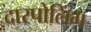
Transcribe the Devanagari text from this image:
दारपोलिंग